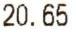
20.65